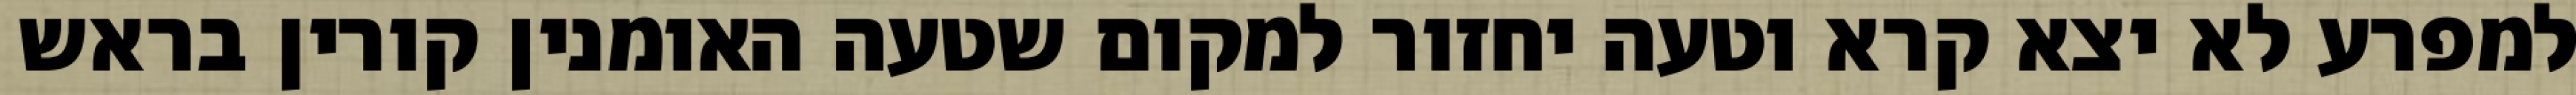
למפרע לא יצא קרא וטעה יחזור למקום שטעה האומנין קורין בראש